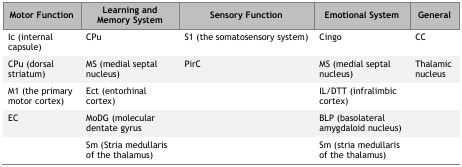
| Motor Function | Learning and Memory System | Sensory Function | Emotional System | General |
 | --- | --- | --- | --- | --- |
 | Ic (internal capsule) | CPu | S1 (the somatosensory system) | Cingo | CC |
 | CPu (dorsal striatum) | MS (medial septal nucleus) | PirC | MS (medial septal nucleus) | Thalamic nucleus |
 | M1 (the primary motor cortex) | Ect (entorhinal cortex) |  | IL/DTT (infralimbic cortex) |  |
 | EC | MoDG (molecular dentate gyrus |  | BLP (basolateral amygdaloid nucleus) |  |
 |  | Sm (Stria medullaris of the thalamus) |  | Sm (stria medullaris of the thalamus) |  |